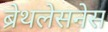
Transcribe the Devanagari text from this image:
ब्रेथलेसनेस